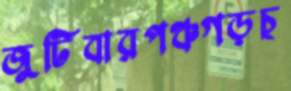
জুটিবারপঞ্চগড়চ্